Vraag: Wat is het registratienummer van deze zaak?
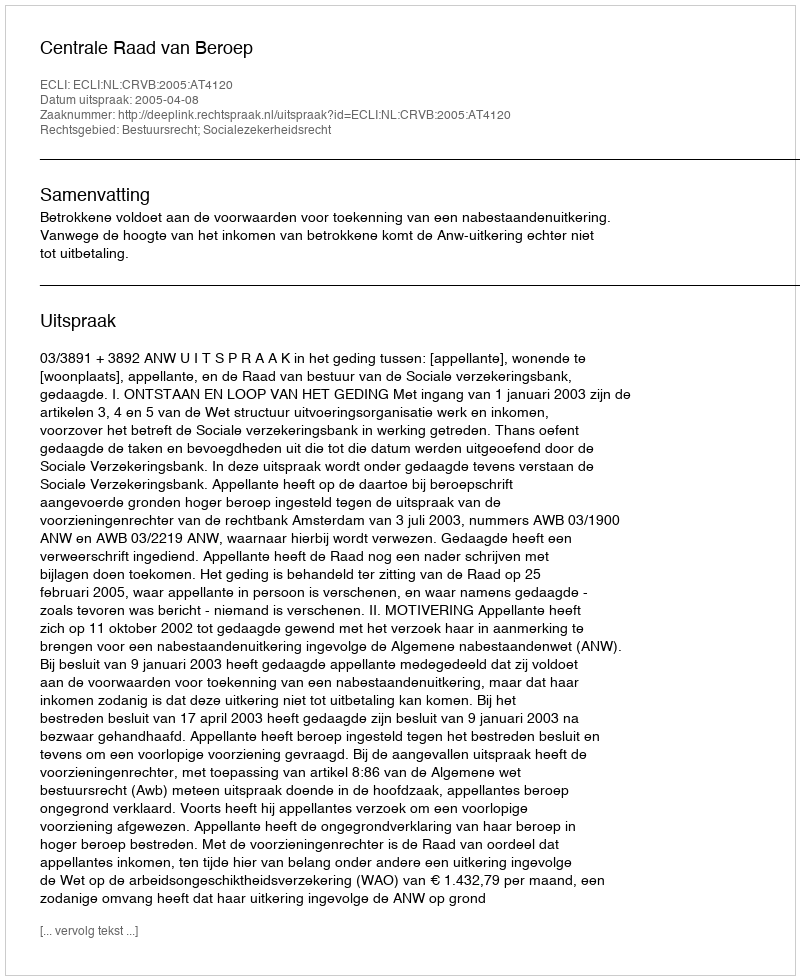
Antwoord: http://deeplink.rechtspraak.nl/uitspraak?id=ECLI:NL:CRVB:2005:AT4120